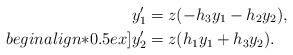
LaTeX: \begin{align*}y_1' &= z(-h_3y_1-h_2y_2),\\begin{align*}0.5ex]y_2' &= z(h_1y_1+h_3y_2).\end{align*}